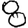
Digit: 8